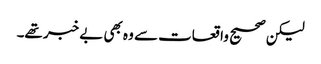
لیکن صحیح واقعات سے وہ بھی بے خبر تھے۔